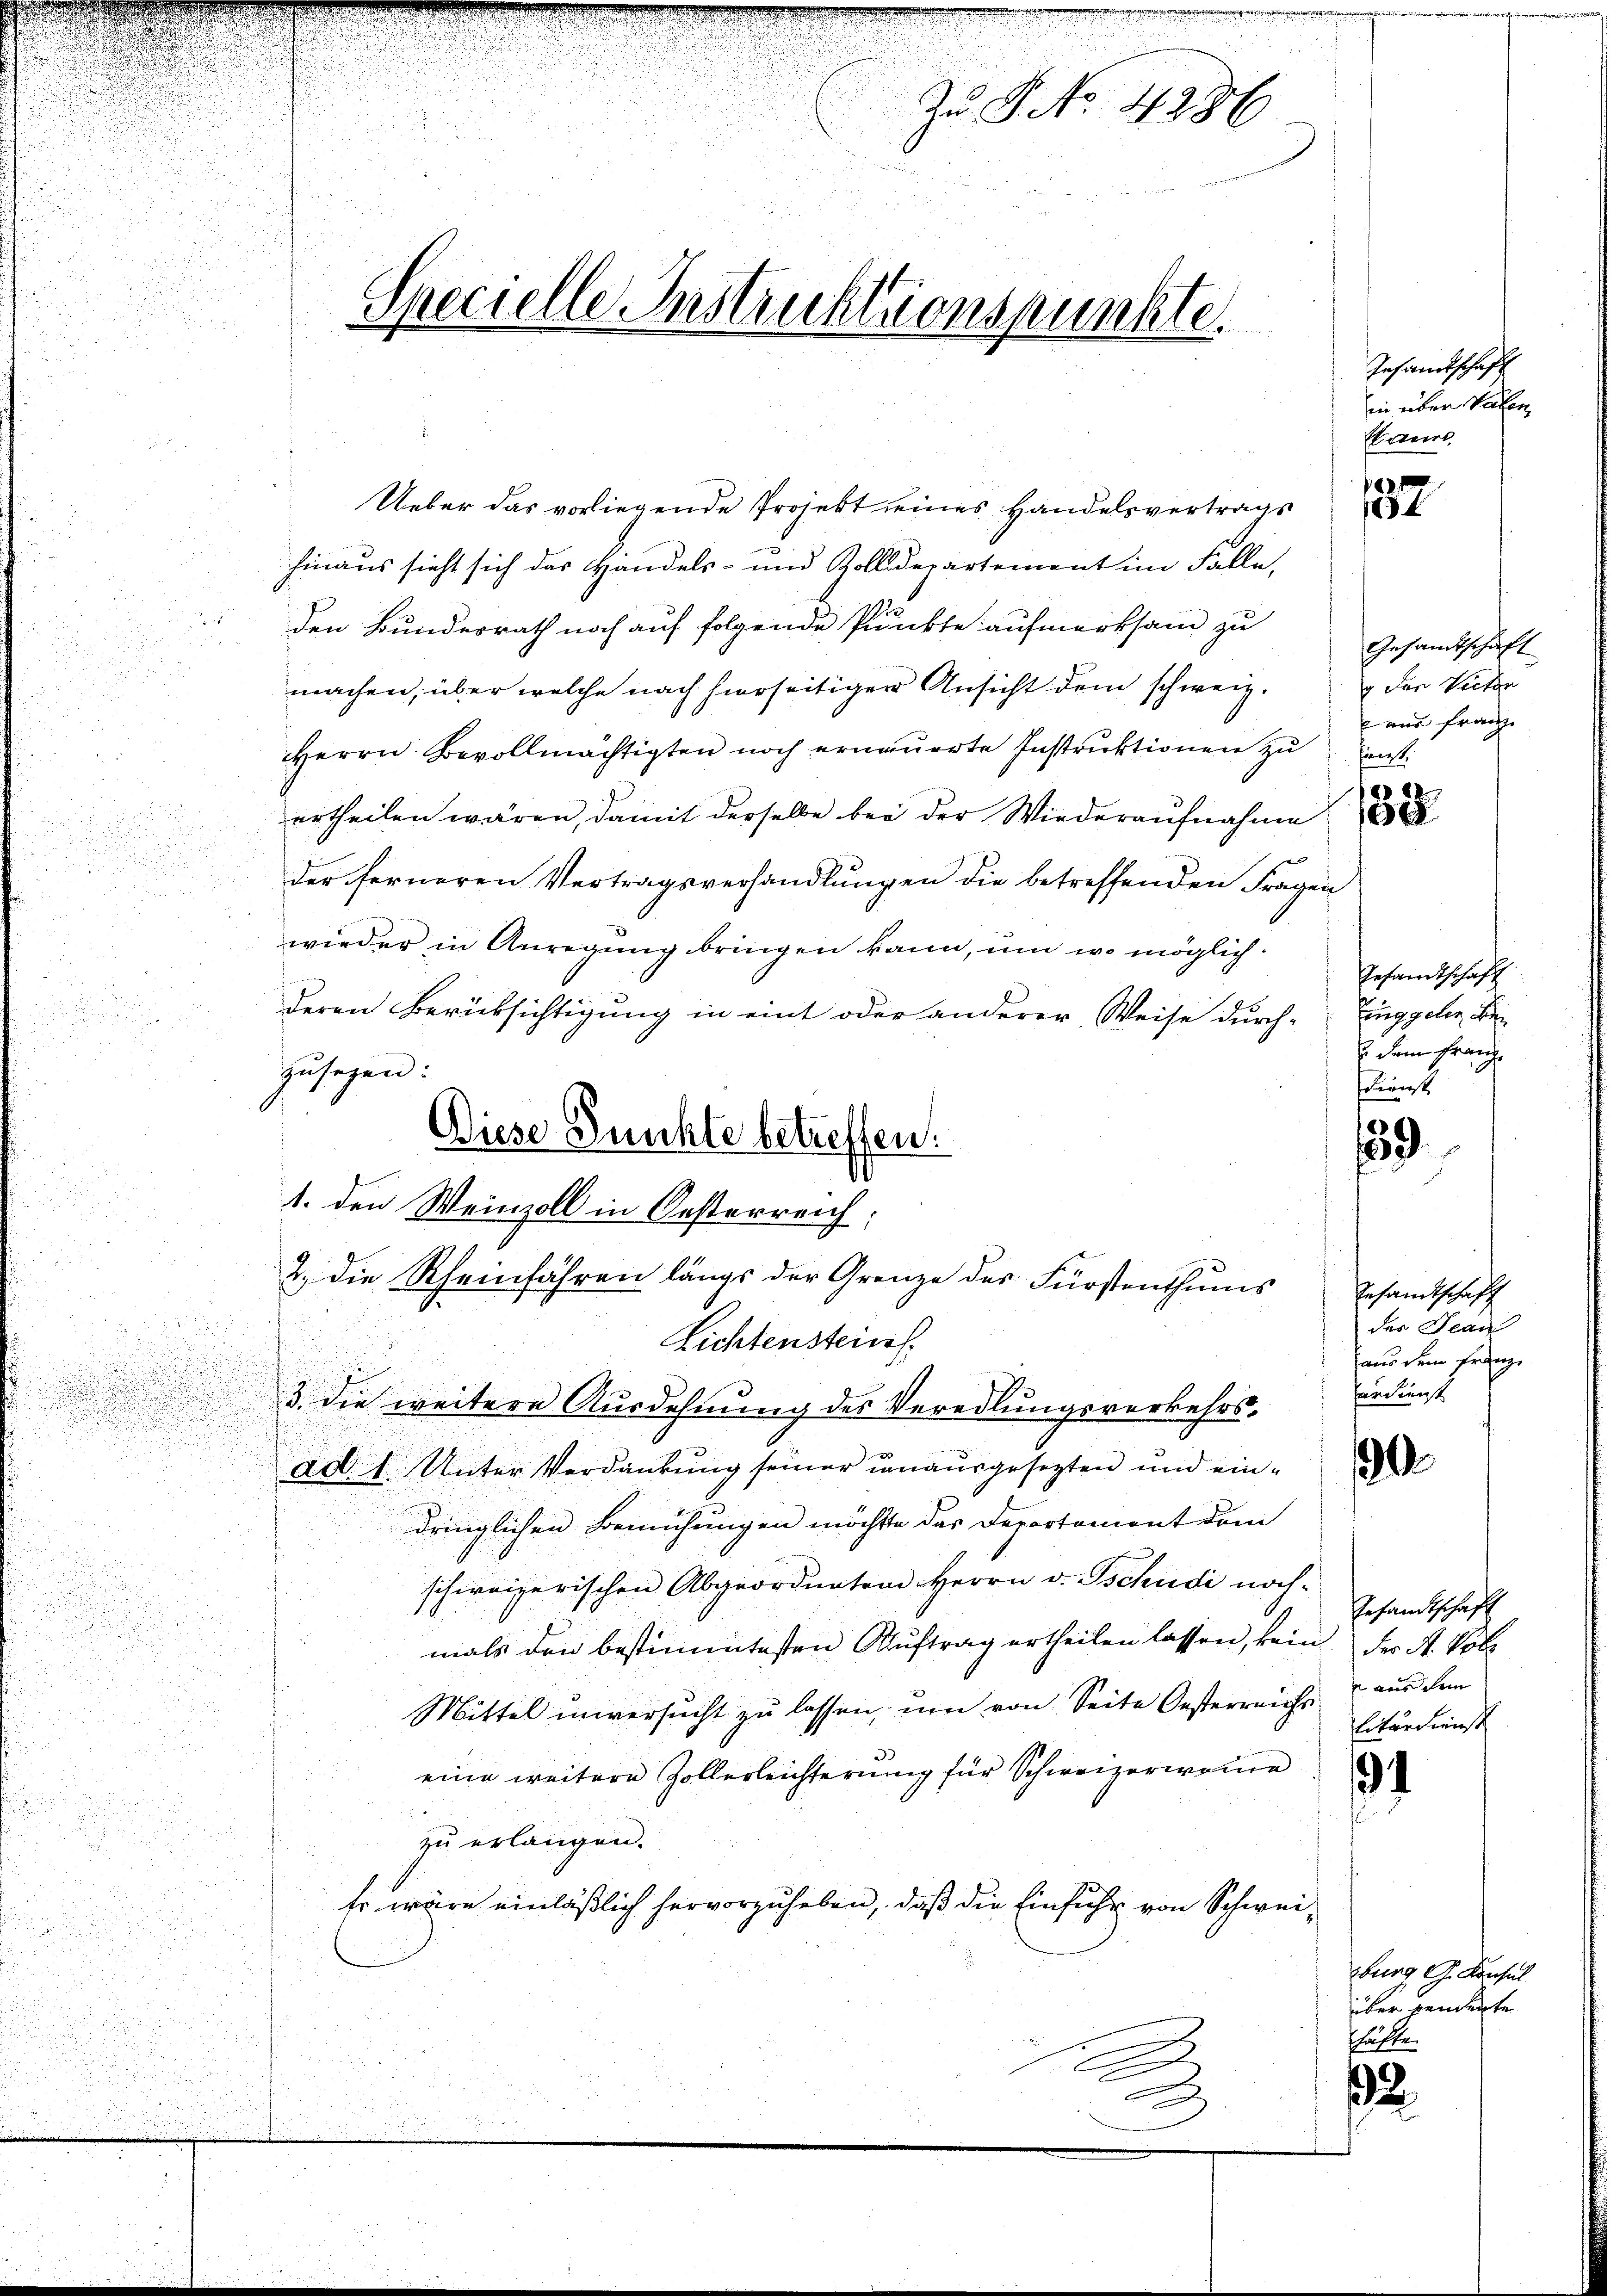
Zu No. 4286
Specielle Instruktionspunkte.

Diese Punkte betreffen.
1. den Weinzoll in Oesterreich
2. die Rheinfahren längs der Grenze des Fürstenthums

Ueber das vorliegende Projekt seines Handelsvertrags
hinaus sieht sich das Handels- und Zolldepartement im Falle,
den Bundesrath noch auf folgende Punkte aufmerksam zu
machen, über welche nach hierseitiger Ansicht dem schweiz.
Herrn Bevollmächtigten noch erneuerte Instruktionen zu einst
ertheilen wären, damit derselbe bei der Wiederaufnahme
der ferneren Vertragsverhandlungen die betreffenden Fragen
.
wieder in Anregung bringen kann, um wo möglich
deren Berücksichtigung in eint oder anderer Weise durch-
zusagen:
Lichtenstein
3. die weitere Ausdehnung des Veredlungsverkehrs-Bedienst
ad. 1. Unter Verdankung seiner unausgesezten und eindringlichen Bemühungen möchte das Departement dem
schweizerischen Abgeordneten Herrn v. Tschudi noch-
mals den bestimmtesten Auftrag ertheilen lassen, kein der A. Vol
Mittel unversucht zu lassen, um von Seite Oesterreiche aus dem
eine weitere Zollerleichterung für Schweizerweine
zu erlangen.
Er wäre einläßlich hervorzuheben, daß die Einfuhr von Schweie
A

Gesandtschaft
in über kalten
Karl

Gesandtschaft
g. Für Victor
 aus Franz

.
4

183.

Gesandtschaft
Zinggelen den
 dem Franz
sclienst

9

Gesandtschaff
der Bean
aus dem Franz

0

Gesandtschaft
litärdienst

.

sburg d. Konsul
über vendente
schäfte.

2